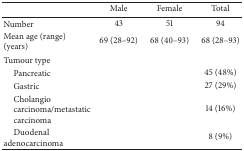
|  | Male | Female | Total |
 | --- | --- | --- | --- |
 | Number | 43 | 51 | 94 |
 | Mean age (range) (years) | 69 (28–92) | 68 (40–93) | 68 (28–93) |
 | Tumour type |  |  |  |
 | Pancreatic |  |  | 45 (48%) |
 | Gastric |  |  | 27 (29%) |
 | Cholangio carcinoma/metastatic carcinoma |  |  | 14 (16%) |
 | Duodenal adenocarcinoma |  |  | 8 (9%) |